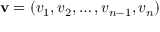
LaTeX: \mathbf { v } = ( v _ { 1 } , v _ { 2 } , \dots , v _ { n - 1 } , v _ { n } )